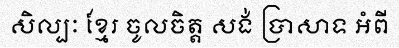
សិល្បៈ ខ្មែរ ចូលចិត្ត សង់ ប្រាសាទ អំពី